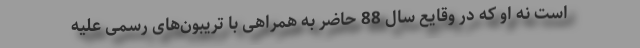
است نه او که در وقایع سال 88 حاضر به همراهی با تریبون‌های رسمی علیه